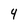
Character: 4